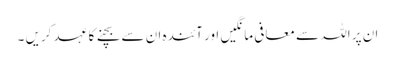
ان پر اللہ سے معافی مانگیں اور آئندہ ان سے بچنے کا عہد کریں ۔